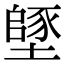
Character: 𡑸